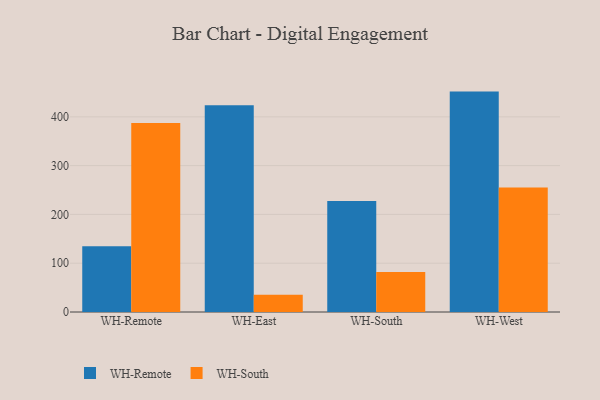
{"axis": {"x": "Warehouse", "y": "Churn Rate (%)"}, "legend": ["WH-Remote", "WH-South"], "data": [{"x": "WH-Remote", "y": 135.0, "type": "WH-Remote"}, {"x": "WH-Remote", "y": 387.5, "type": "WH-South"}, {"x": "WH-East", "y": 423.7, "type": "WH-Remote"}, {"x": "WH-East", "y": 35.6, "type": "WH-South"}, {"x": "WH-South", "y": 227.3, "type": "WH-Remote"}, {"x": "WH-South", "y": 82.0, "type": "WH-South"}, {"x": "WH-West", "y": 451.7, "type": "WH-Remote"}, {"x": "WH-West", "y": 255.2, "type": "WH-South"}]}